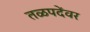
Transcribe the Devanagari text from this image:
तळपदेंवर